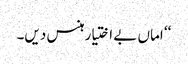
‘‘ اماں بے اختیار ہنس دیں۔